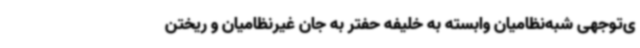
ی‌توجهی شبه‌نظامیان وابسته به خلیفه حفتر به جان غیرنظامیان و ریختن